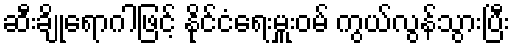
ဆီးချိုရောဂါဖြင့် နိုင်ငံရေးမှူးဝမ် ကွယ်လွန်သွားပြီး